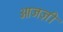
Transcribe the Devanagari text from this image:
आजज़ी